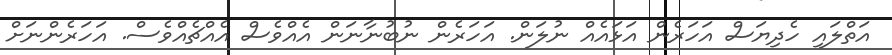
އަތްލައި ހެދިޔަސް އަހަރެން އަޅައެއް ނުލަން. އަހަރެން ނުބުނާނަން އެއްވެސް އެއްޗެއްވެސް. އަހަރެންނަށް